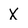
Character: X